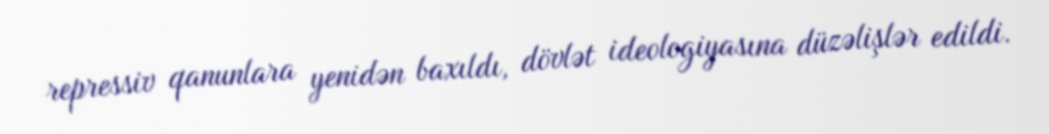
repressiv qanunlara yenidən baxıldı, dövlət ideologiyasına düzəlişlər edildi.